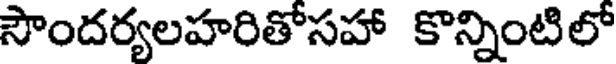
సౌందర్యలహరితోసహా కొన్నింటిలో